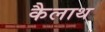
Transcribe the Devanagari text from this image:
कैलाथ